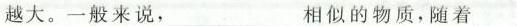
越大。一般来说，___相似的物质，随着___